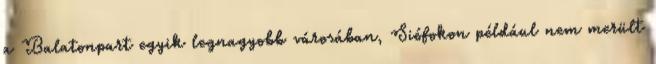
a Balatonpart egyik legnagyobb városában, Siófokon például nem merült